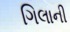
ગિલાની